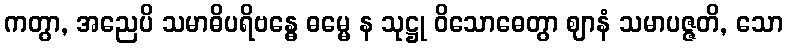
ကတွာ, အညေပိ သမာဓိပရိဗန္ဓေ ဓမ္မေ န သုဋ္ဌု ဝိသောဓေတွာ ဈာနံ သမာပဇ္ဇတိ, သော